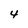
Character: 4